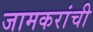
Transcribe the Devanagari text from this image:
जामकरांची